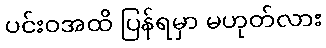
ပင်းဝအထိ ပြန်ရမှာ မဟုတ်လား